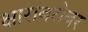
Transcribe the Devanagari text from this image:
क्षाराबरोबर